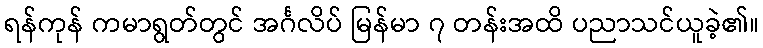
ရန်ကုန် ကမာရွတ်တွင် အင်္ဂလိပ် မြန်မာ ၇ တန်းအထိ ပညာသင်ယူခဲ့၏။